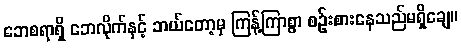
ဘေစရာရှိ ဘေလိုက်နှင့် ဘယ်တော့မှ ကြန့်ကြာစွာ စဉ်းစားနေသည်မရှိချေ။